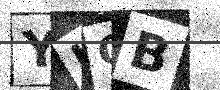
Text: YIQB